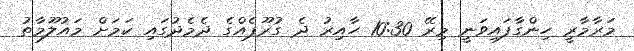
މަރާމާރީ ހިންގާފައިވަނީ މިރޭ 10:30 ހާއިރު ދެ ގުރޫޕެއްގެ ދެމެދުގައި ކަމަށް މައުލޫމާތު